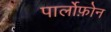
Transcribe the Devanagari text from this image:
पार्लोफ़ोन